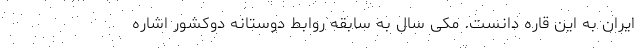
ایران به این قاره دانست. مکی سال به سابقه روابط دوستانه دوکشور اشاره